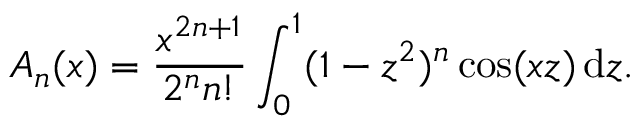
A _ { n } ( x ) = { \frac { x ^ { 2 n + 1 } } { 2 ^ { n } n ! } } \int _ { 0 } ^ { 1 } ( 1 - z ^ { 2 } ) ^ { n } \cos ( x z ) \, \mathrm { d } z .